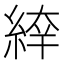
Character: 𦁑